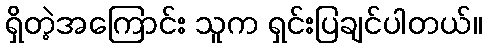
ရှိတဲ့အကြောင်း သူက ရှင်းပြချင်ပါတယ်။